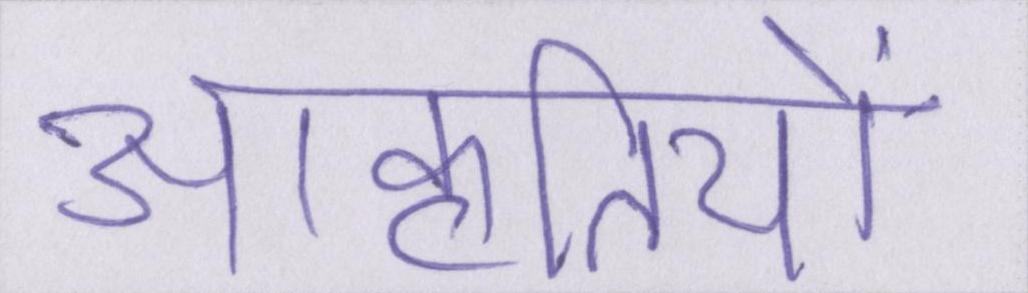
आकृतियों